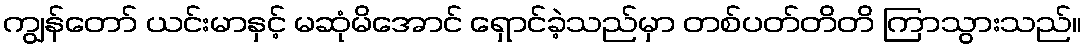
ကျွန်တော် ယင်းမာနှင့် မဆုံမိအောင် ရှောင်ခဲ့သည်မှာ တစ်ပတ်တိတိ ကြာသွားသည်။